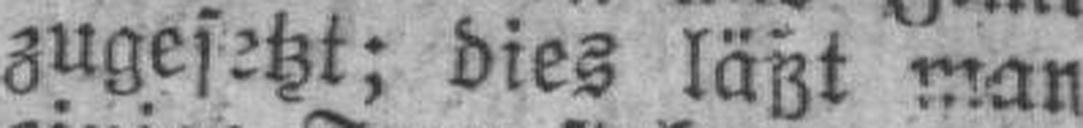
zugesetzt; dies läßt man